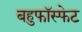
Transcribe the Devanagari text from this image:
बहुफॉस्फेट